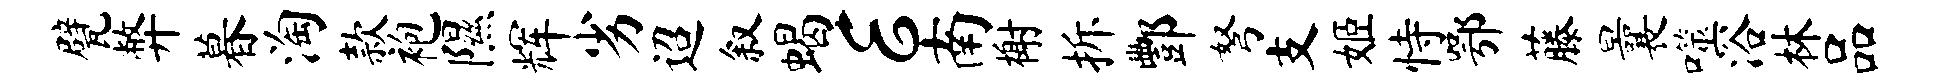
甓弊暮淘款袍隰辉劣迢叙蝎E南榭拆酆弩支姬恃鄂藤曩噬浴林品